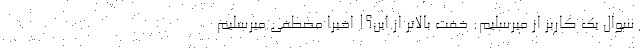
سوال یک کاربر از میرسلیم: خفت بالاتر از این؟! اخیراً مصطفی میرسلیم